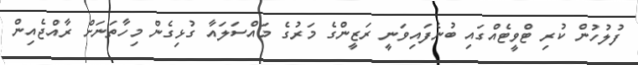
ފުލުހުން ކުރި ޓްވީޓެއްގައި ބުނެފައިވަނީ ރަޒީންގެ މަރުގެ މައްސަލައާ ގުޅިގެން މިހާތަނަށް ރާއްޖެއިން